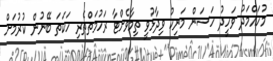
މުހައްމަދު ވަހީދު ހަސަން މަނިކު ވިދާޅުވީ ތިމާވެށްޓާ ރަހުމަތްތެރި ހަކަތަ ބޭނުން ކުރުމަށް